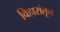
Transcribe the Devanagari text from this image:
विहारांतून